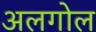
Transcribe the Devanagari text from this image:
अलगोल